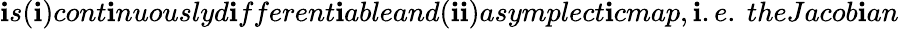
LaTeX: \mathbf{i}s(\mathbf{i})cont\mathbf{i}nuouslyd\mathbf{i}fferent\mathbf{i}ableand(\mathbf{i}\mathbf{i})asymplect\mathbf{i}cmap,\mathbf{i}.e.\ theJacob\mathbf{i}an